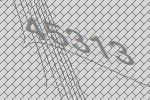
45313